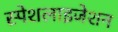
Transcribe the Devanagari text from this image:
स्पेशलाइजेशन